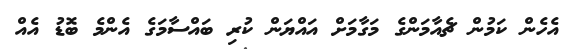
އެހެން ކަމުން ޗެއާމަންގެ މަގާމަށް އައްޔަން ކުރި ބައްސާމަގެ އެންމެ ބޮޑު އެއް